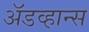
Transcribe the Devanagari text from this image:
अॅडव्हान्स